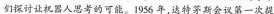
们探讨让机器人思考的可能。1956年，达特茅斯会议第一次提